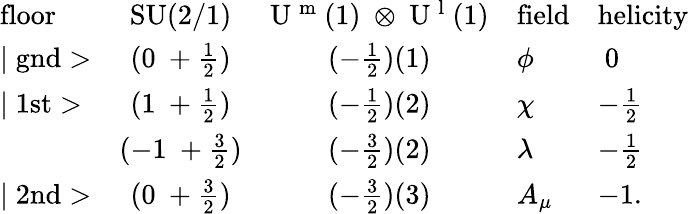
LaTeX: \begin{array}{lccll}{{\mathrm{floor}}}&{{\mathrm{SU(2/1)}}}&{{\mathrm{U~^{m}~(1)~\otimes~U~^{l}~(1)}}}&{{\mathrm{field}}}&{{\mathrm{helicity}}}\\ {{\mid\mathrm{gnd}>}}&{{(0~+\frac{1}{2})}}&{{(-\frac{1}{2})(1)}}&{{\phi}}&{{~0}}\\ {{\mid\mathrm{1st}>}}&{{(1~+\frac{1}{2})}}&{{(-\frac{1}{2})(2)}}&{{\chi}}&{{-\frac{1}{2}}}\\ {{}}&{{(-1~+\frac{3}{2})}}&{{(-\frac{3}{2})(2)}}&{{\lambda}}&{{-\frac{1}{2}}}\\ {{\mid\mathrm{2nd}>}}&{{(0~+\frac{3}{2})}}&{{(-\frac{3}{2})(3)}}&{{A_{\mu}}}&{{-1.}}\end{array}